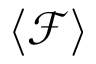
\langle \mathcal F \rangle